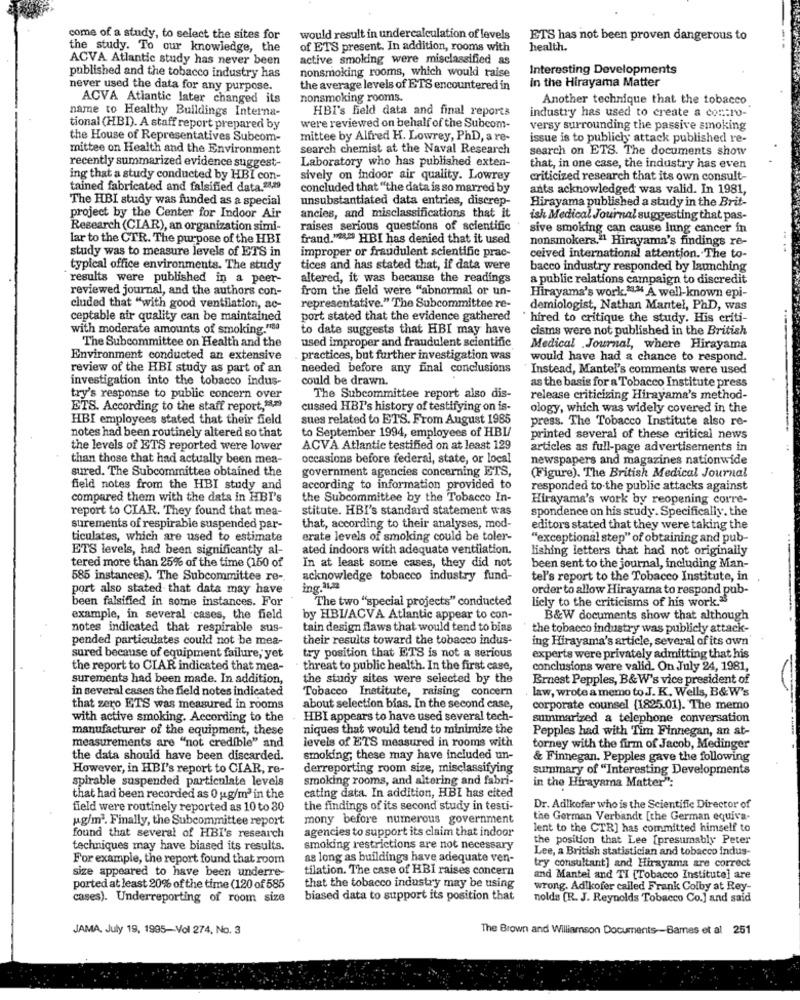
come of a study, to select the sites for
would result in undercalculation of levels
ETS has not been proven dangerous to
the study. To our knowledge, the
of ETS present. In addition, rooms with
health.
ACVA Atlantic study has never been
active smoking were misclassified as
nonsmoking rooms, which would raise
Interesting Developments
published and the tobacco industry has
never used the data for any purpose.
the average levels of ETS encountered in
in the Hirayama Matter
ACVA Atiantic later changed its
nonsmoking rooms.
Another technique that the tobacco
name to Healthy Buildings Interna-
HBI's field data and final reports
industry has used to create a contro-
tional (HBI). A staff report prepared by
were reviewed on behalf of the Subcom-
versy surrounding the passive smoking
the House of Representatives Subcom-
mittee by Alfred H. Lowrey, PhD, a re-
issue is to publicly attack published re-
mittee on Health and the Environment
search chemist at the Naval Research
search on ETS. The documents show
recently summarized evidence suggest-
Laboratory who has published exten-
that, in one case, the industry has even
ing that a study conducted by HBI con-
sively on indoor air quality. Lowrey
criticized research that its own consult-
tained fabricated and falsified data.28,29
concluded that "the data is so marred by
ants acknowledged was valid. In 1981,
The HBI study was funded as a special
unsubstantiated data entries, discrep-
Hirayama published a study in the Brit-
ancies, and misclassifications that it
project by the Center for Indoor Air
ish Medical Journal suggesting that pas-
Research (CIAR), an organization simi-
raises serious questions of scientific
sive smoking can cause lung cancer in
lar to the CTR. The purpose of the HBI
frand."24'S HBI has denied that it used
nonsmokers."1 Hirayama's findings re-
.. .
study was to measure levels of ETS in
improper or fraudulent scientific prac-
ceived international attention. The to-
typical office environments. The study
tices and has stated that, if data were
bacco industry responded by launching
results were published in a peer-
altered, it was because the readings
a public relations campaign to discredit
reviewed journal, and the authors con-
from the field were "abnormal or un-
Hirayama's work.11." A well-known epi-
cluded that "with good ventilation, ac-
representative." The Subcommittee re-
demiologist, Nathan Mantel, PhD, was
ceptable air quality can be maintained
port stated that the evidence gathered
` hired to critique the study. His criti-
with moderate amounts of smoking."183
to date suggests that HBI may have
cisms were not published in the British
used improper and fraudulent scientific
The Subcommittee on Health and the
Medical Journal, where Hirayama
Environment conducted an extensive
practices, but further investigation was
would have had a chance to respond.
review of the HBI study as part of an
needed before any final conclusions
Instead, Mantel's comments were used
investigation into the tobacco indus-
could be drawn.
as the basis for a Tobacco Institute press
try's response to public concern over
The Subcommittee report also dis-
release criticizing Hirayama's method-
ETS. According to the staff report,".
cussed HBP's history of testifying on is-
ology, which was widely covered in the
HBI employees stated that their field
sues related to ETS. From August 1985
press. The Tobacco Institute also re-
to September 1994, employees of HBI
notes had been routinely altered so that
printed several of these critical news
the levels of ETS reported were lower
ACVA Atlantic testified on at least 129
articles as full-page advertisements in
than those that had actually been mea-
occasions before federal, state, or local
newspapers and magazines nationwide
sured. The Subcommittee obtained the
government agencies concerning ETS,
(Figure). The British Medical Journal
field notes from the HBI study and
according to information provided to
responded to the public attacks against
compared them with the data in HBI's
the Subcommittee by the Tobacco In-
Hirayama's work by reopening corre-
report to CIAR. They found that mea-
stitute. HBI's standard statement was
spondence on his study. Specifically, the
surements of respirable suspended par-
that, according to their analyses, mod-
editors stated that they were taking the
ticulates, which are used to estimate
erate levels of smoking could be toler-
"exceptional step" of obtaining and pub-
ETS levels, had been significantly al-
ated indoors with adequate ventilation.
lishing letters that had not originally
tered more than 25% of the time (150 of
In at least some cases, they did not
been sent to the journal, including Man-
585 instances). The Subcommittee re-
acknowledge tobacco industry fund-
tel's report to the Tobacco Institute, in
port also stated that data may have
ing.31,22
order to allow Hirayama to respond pub-
been falsified in some instances. For
The two "special projects" conducted
licly to the criticisms of his work."
example, in several cases, the field
by HBIACVA Atlantic appear to con-
B&W documents show that although
notes indicated that respirable sus-
tain design flaws that would tend to bias
the tobacco industry was publicly attack-
pended particulates could not be mea-
their results toward the tobacco indus-
ing Hirayama's article, several of its own
sured because of equipment failure, yet
try position that ETS is not a serious
experts were privately admitting that his
the report to CIAR indicated that mea-
threat to public health. In the first case,
conclusions were valid. On July 24, 1981,
surements had been made. In addition,
the study sites were selected by the
Ernest Pepples, B&W's vice president of
in several cases the field notes indicated
Tobacco Institute, raising concern
. law, wrote a memo to J. K. Wells, B&W's
that zero ETS was measured in rooms
about selection bias. In the second case,
corporate counsel {1825.01). The memo
with active smoking. According to the
HBI appears to have used several tech-
summarized a telephone conversation
manufacturer of the equipment, these
niques that would tend to minimize the
Pepples had with Tim Finnegan, an at-
measurements are "not credible" and
levels of ETS measured in rooms with
torney with the firm of Jacob, Medinger
the data should have been discarded.
smoking; these may have included un-
& Finnegan. Pepples gave the following
However, in HBI's report to CIAR, re-
derreporting room size, misclassifying
summary of "Interesting Developments
spirable suspended particulate levels
smoking rooms, and altering and fabri-
in the Hirayama Matter":
cating data. In addition, HBI has cited
that had been recorded as 0 ug/m3 in the
field were routinely reported as 10 to 80
the findings of its second study in testi-
Dr. Adlkofer who is the Scientific Director of
ug/m2. Finally, the Subcommittee report
mony before numerous government
the German Verbandt [the German equiva-
agencies to support its claim that indoor
lent to the CTR] has committed himself to
found that several of HBI's research
the position that Lee [presumably Peter
techniques may have biased its results.
smoking restrictions are not necessary
Lee, a British statistician and tobacco indus-
For example, the report found that room
as long as buildings have adequate ven-
tilation. The case of HBI raises concern
try consultant] and Hirayama are correct
size appeared to have been underre-
and Mantel and TI [Tobacco Institute] are
ported at least 20% of the time (120 of 585
that the tobacco industry may be using
wrong. Ad kofer called Frank Colby at Rey-
cases). Underreporting of room size
biased data to support its position that
nolds [R. J. Reynolds Tobacco Co.] and said
JAMA, July 19, 1995-Vol 274, No. 3
The Brown and Williamson Documents -- Barnes et al 251